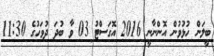
ބީލަން ހުޅުވުން އޮންނާނީ 2016 އޮގަސްޓު 03 ވާ ބުދަ ދުވަހުގެ 11:30